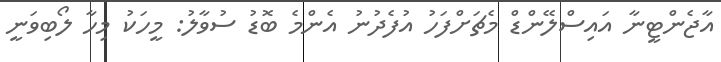
އާޖެންޓީނާ އައިސްލޭންޑް މެޗަށްފަހު އުފެދުނު އެންމެ ބޮޑު ސުވާލު: މީހަކު މިހާ ލޯބިވަނީ